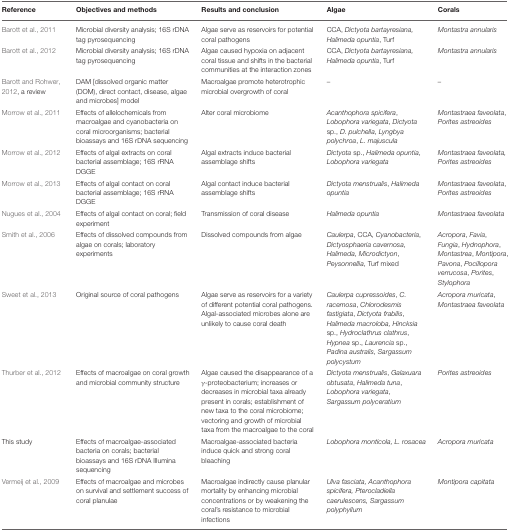
<table><thead><tr><td><b>Reference</b></td><td><b>Objectives and methods</b></td><td><b>Results and conclusion</b></td><td><b>Algae</b></td><td><b>Corals</b></td></tr></thead><tbody><tr><td>Barott et al., 2011</td><td>Microbial diversity analysis; 16S rDNA tag pyrosequencing</td><td>Algae serve as reservoirs for potential coral pathogens</td><td>CCA, <i>Dictyota bartayresiana, Halimeda opuntia</i>, Turf</td><td><i>Montastra annularis</i></td></tr><tr><td>Barott et al., 2012</td><td>Microbial diversity analysis; 16S rDNA tag pyrosequencing</td><td>Algae caused hypoxia on adjacent coral tissue and shifts in the bacterial communities at the interaction zones</td><td>CCA, <i>Dictyota bartayresiana, Halimeda opuntia</i>, Turf</td><td><i>Montastra annularis</i></td></tr><tr><td>Barott and Rohwer, 2012, a review</td><td>DAM [dissolved organic matter (DOM), direct contact, disease, algae and microbes] model</td><td>Macroalgae promote heterotrophic microbial overgrowth of coral</td><td>–</td><td>–</td></tr><tr><td>Morrow et al., 2011</td><td>Effects of allelochemicals from macroalgae and cyanobacteria on coral microorganisms; bacterial bioassays and 16S rDNA sequencing</td><td>Alter coral microbiome</td><td><i>Acanthophora spicifera, Lobophora variegata, Dictyota</i> sp., <i>D. pulchella, Lyngbya polychroa, L. majuscula</i></td><td><i>Montastraea faveolata, Porites astreoides</i></td></tr><tr><td>Morrow et al., 2012</td><td>Effects of algal extracts on coral bacterial assemblage; 16S rRNA DGGE</td><td>Algal extracts induce bacterial assemblage shifts</td><td><i>Dictyota</i> sp., <i>Halimeda opuntia, Lobophora variegata</i></td><td><i>Montastraea faveolata, Porites astreoides</i></td></tr><tr><td>Morrow et al., 2013</td><td>Effects of algal contact on coral bacterial assemblage; 16S rRNA DGGE</td><td>Algal contact induce bacterial assemblage shifts</td><td><i>Dictyota menstrualis, Halimeda opuntia</i></td><td><i>Montastraea faveolata, Porites astreoides</i></td></tr><tr><td>Nugues et al., 2004</td><td>Effects of algal contact on coral; field experiment</td><td>Transmission of coral disease</td><td><i>Halimeda opuntia</i></td><td><i>Montastraea faveolata</i></td></tr><tr><td>Smith et al., 2006</td><td>Effects of dissolved compounds from algae on corals; laboratory experiments</td><td>Dissolved compounds from algae</td><td><i>Caulerpa</i>, CCA, <i>Cyanobacteria, Dictyosphaeria cavernosa, Halimeda, Microdictyon, Peysonnellia</i>, Turf mixed</td><td><i>Acropora, Favia, Fungia, Hydnophora, Montastrea, Montipora, Pavona, Pocillopora verrucosa, Porites, Stylophora</i></td></tr><tr><td>Sweet et al., 2013</td><td>Original source of coral pathogens</td><td>Algae serve as reservoirs for a variety of different potential coral pathogens. Algal-associated microbes alone are unlikely to cause coral death</td><td><i>Caulerpa cupressoides, C. racemosa, Chlorodesmis fastigiata, Dictyota frabilis, Halimeda macroloba, Hincksia</i> sp., <i>Hydroclathrus clathrus, Hypnea</i> sp., <i>Laurencia</i> sp., <i>Padina australis, Sargassum polycystum</i></td><td><i>Acropora muricata, Montastraea faveolata</i></td></tr><tr><td>Thurber et al., 2012</td><td>Effects of macroalgae on coral growth and microbial community structure</td><td>Algae caused the disappearance of a γ-proteobacterium; increases or decreases in microbial taxa already present in corals; establishment of new taxa to the coral microbiome; vectoring and growth of microbial taxa from the macroalgae to the coral</td><td><i>Dictyota menstrualis, Galaxuara obtusata, Halimeda tuna, Lobophora variegata, Sargassum polyceratium</i></td><td><i>Porites astreoides</i></td></tr><tr><td>This study</td><td>Effects of macroalgae-associated bacteria on corals; bacterial bioassays and 16S rDNA Illumina sequencing</td><td>Macroalgae-associated bacteria induce quick and strong coral bleaching</td><td><i>Lobophora monticola, L. rosacea</i></td><td><i>Acropora muricata</i></td></tr><tr><td>Vermeij et al., 2009</td><td>Effects of macroalgae and microbes on survival and settlement success of coral planulae</td><td>Macroalgae indirectly cause planular mortality by enhancing microbial concentrations or by weakening the coral&#x27;s resistance to microbial infections</td><td><i>Ulva fasciata, Acanthophora spicifera, Pterocladiella caerulescens, Sargassum polyphyllum</i></td><td><i>Montipora capitata</i></td></tr></tbody></table>